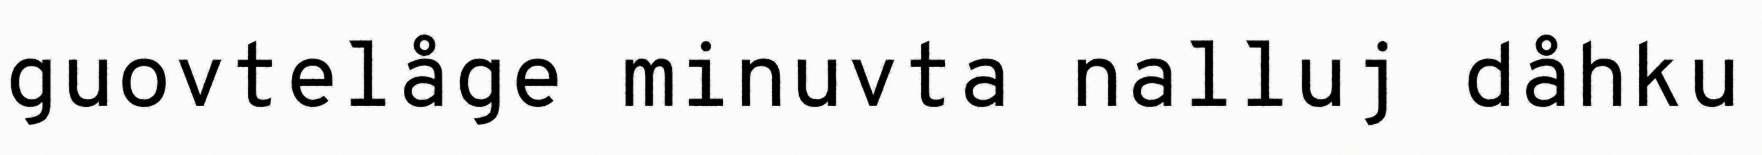
guovtelåge minuvta nalluj dåhku